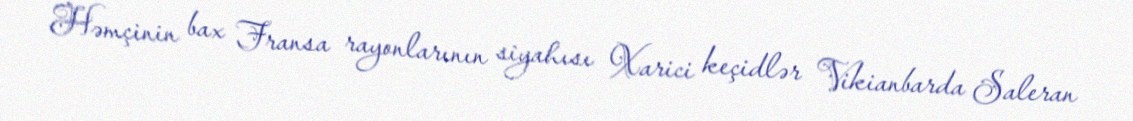
Həmçinin bax Fransa rayonlarının siyahısı Xarici keçidlər Vikianbarda Saleran